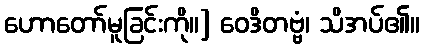
ဟောတော်မူခြင်းကို။] ဝေဒိတဗ္ဗံ၊ သိအပ်၏။